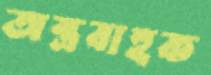
অস্ত্রবাহক